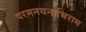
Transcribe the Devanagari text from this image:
परमनयनाभिराम